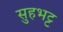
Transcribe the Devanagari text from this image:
सुहभट्ट